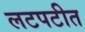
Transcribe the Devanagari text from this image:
लटपटीत